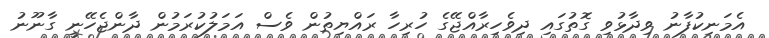
އެމަނިކުފާނު ވިދާޅުވި ގޮތުގައި ދިވެހިރާއްޖޭގެ ހުރިހާ ރައްޔިތުން ވެސް އަމަލުކުރަމުން ދާންޖެހޭނީ ގާނޫނު